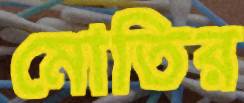
মোতির